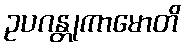
ဥပဂန္တုကာမောတိ